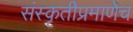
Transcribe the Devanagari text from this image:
संस्कृतीप्रमाणेच